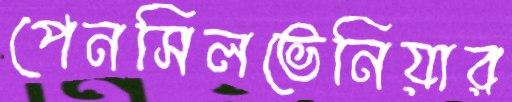
পেনসিলভেনিয়ার